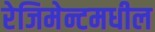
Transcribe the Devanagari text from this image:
रेजिमेन्टमधील